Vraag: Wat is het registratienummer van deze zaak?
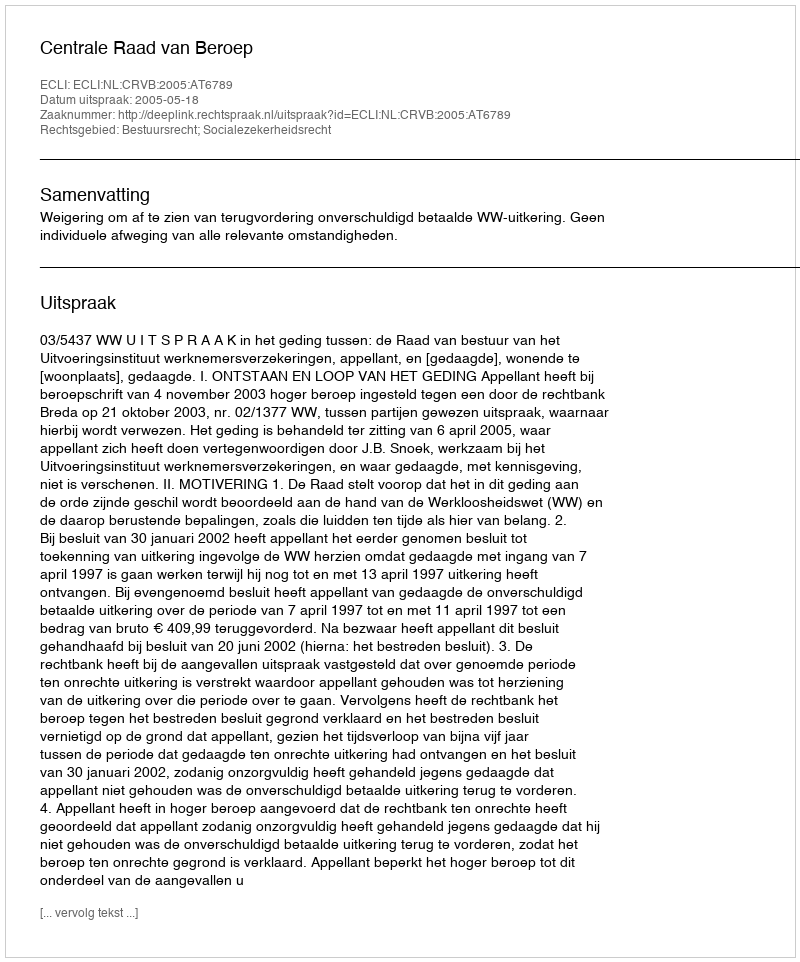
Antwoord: http://deeplink.rechtspraak.nl/uitspraak?id=ECLI:NL:CRVB:2005:AT6789